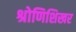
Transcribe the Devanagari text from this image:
श्रोणिशिखर